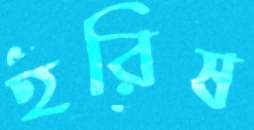
হরিষ